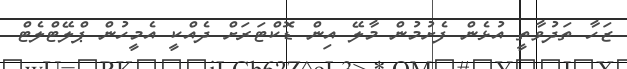
ޒަހާ ތަދުވާތީ އުޅެން ފެށުމުން މާލޭ އިން ޑޮކްޓަރަށް ދެއްކީ އެމީހުން ޕްލޭޓްލެޓް